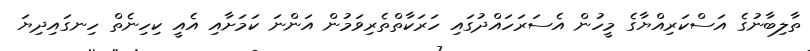
ތާލިބާނުގެ އަސްކަރިއްޔާގެ މީހުން އެސަރަހައްދުގައި ހަރަކާތްތެރިވަމުން އަންނަ ކަމަށާއި އެއީ ކިހިނެތް ހިނގައިދިޔަ